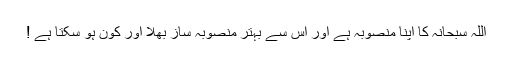
اللہ سبحانہ کا اپنا منصوبہ ہے اور اس سے بہتر منصوبہ ساز بھلا اور کون ہو سکتا ہے !